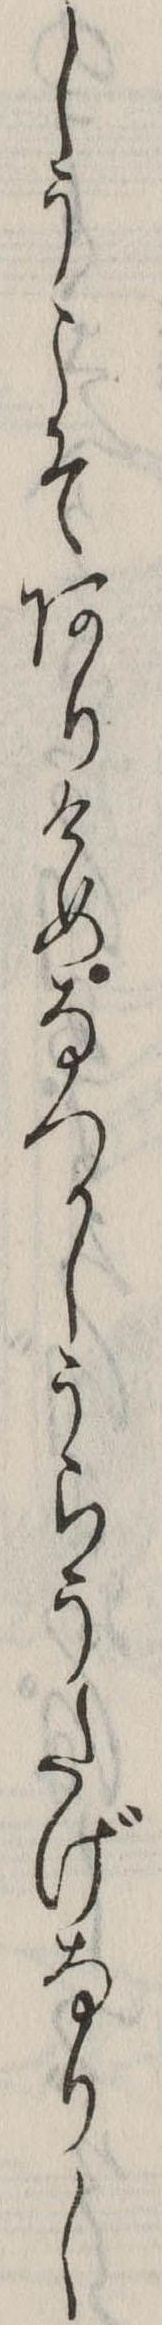
しうこそありけめなつかしうらうたげなりし